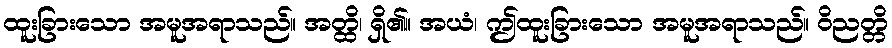
ထူးခြားသော အမူအရာသည်။ အတ္ထိ၊ ရှိ၏။ အယံ၊ ဤထူးခြားသော အမူအရာသည်။ ဝိညတ္တိ